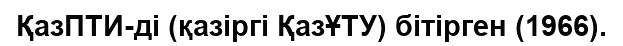
ҚазПТИ-ді (қазіргі ҚазҰТУ) бітірген (1966).